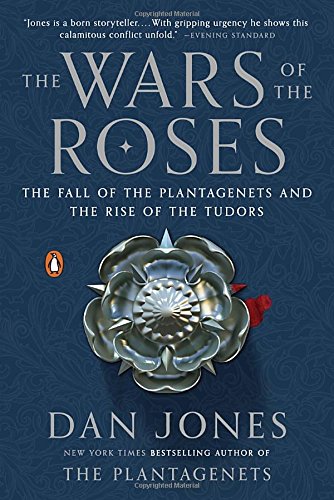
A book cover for The Wars of the Roses: The Fall of the Plantagenets and the Rise of the Tudors; Dan Jones; Biographies & Memoirs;